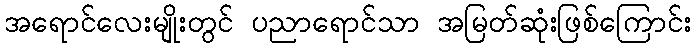
အရောင်လေးမျိုးတွင် ပညာရောင်သာ အမြတ်ဆုံးဖြစ်ကြောင်း